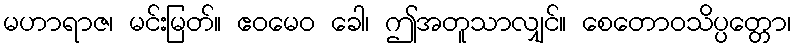
မဟာရာဇ၊ မင်းမြတ်။ ဧဝမေဝ ခေါ၊ ဤအတူသာလျှင်။ စေတောဝသိပ္ပတ္တော၊